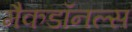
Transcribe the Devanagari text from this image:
मैकडॉनल्स